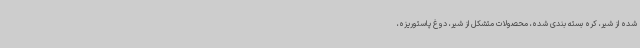
شده از شیر، کره بسته بندی شده، محصولات متشکل از شیر، دوغ پاستوریزه،